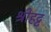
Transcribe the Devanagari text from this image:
श्रीहट्ट